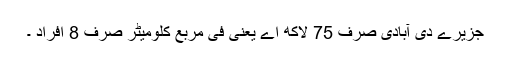
جزیرے دی آبادی صرف 75 لاکھ اے یعنی فی مربع کلومیٹر صرف 8 افراد ۔